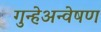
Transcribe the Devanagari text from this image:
गुन्हेअन्वेषण